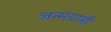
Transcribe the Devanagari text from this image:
जन्मग्रामी